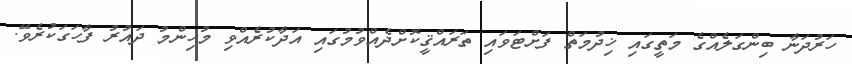
ހަރުދަނާ ބިންގަލެއްގެ މަތީގައި ޚިދުމަތް ފަށްޓަވައި ތަރައްޤީކޮށްދެއްވުމުގައި އަދާކުރެއްވި މުހިންމު ދައުރު ފާހަގަކުރެވޭ.